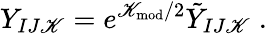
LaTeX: Y_{IJ\mathscr{K}}=e^{\mathscr{K}_{\mathrm{{mod}}}/2}\tilde{{Y}}_{IJ\mathscr{K}}\; .